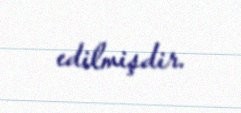
edilmişdir.